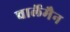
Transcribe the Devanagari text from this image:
चार्लेमैन